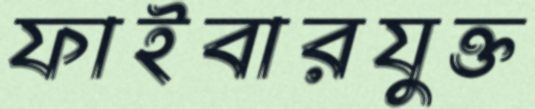
ফাইবারযুক্ত